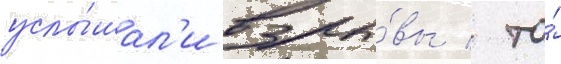
услы́шал'и взры́вы / то́